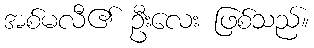
အစ်မလီ၏ ဦးလေး ဖြစ်သည်။